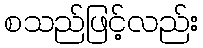
စသည်ဖြင့်လည်း